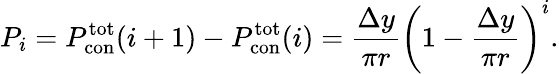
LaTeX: P_{i}=P_{\mathrm{con}}^{\mathrm{tot}}(i+1)-P_{\mathrm{con}}^{\mathrm{tot}}(i)=\frac{\Delta y}{\pi r}\left(1-\frac{\Delta y}{\pi r}\right)^{i}.